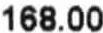
168.00